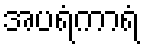
အပရံကာရံ